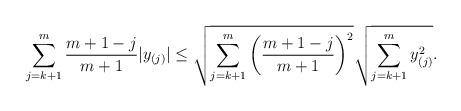
LaTeX: \begin{align*}\sum_{j=k+1}^m \frac{m+1-j}{m+1}|y_{(j)}|\le \sqrt{\sum_{j=k+1}^m \left(\frac{m+1-j}{m+1}\right)^2}\sqrt{\sum_{j=k+1}^m y_{(j)}^2}.\end{align*}